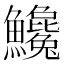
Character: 𩽝